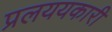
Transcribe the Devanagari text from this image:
प्रलययकारी